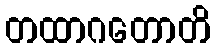
တထာဂတောတိ